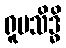
ရူပသိဒ္ဓိ